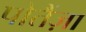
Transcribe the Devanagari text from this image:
पोतैंज़ा